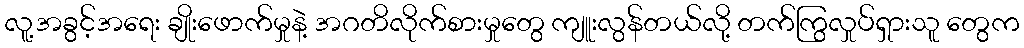
လူ့အခွင့်အရေး ချိုးဖောက်မှုနဲ့ အဂတိလိုက်စားမှုတွေ ကျူးလွန်တယ်လို့ တက်ကြွလှုပ်ရှားသူ တွေက